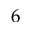
6